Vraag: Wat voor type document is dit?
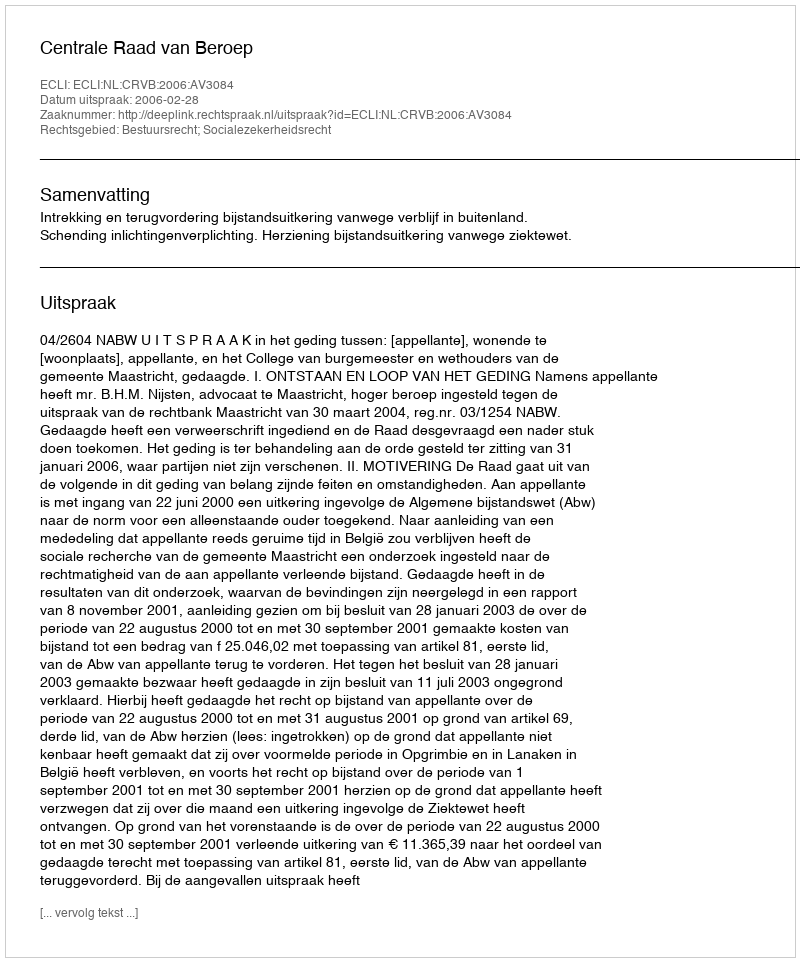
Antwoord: Uitspraak